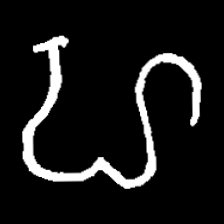
Pyu character \u2014 Myanmar letter: ဟ (romanized: ha)